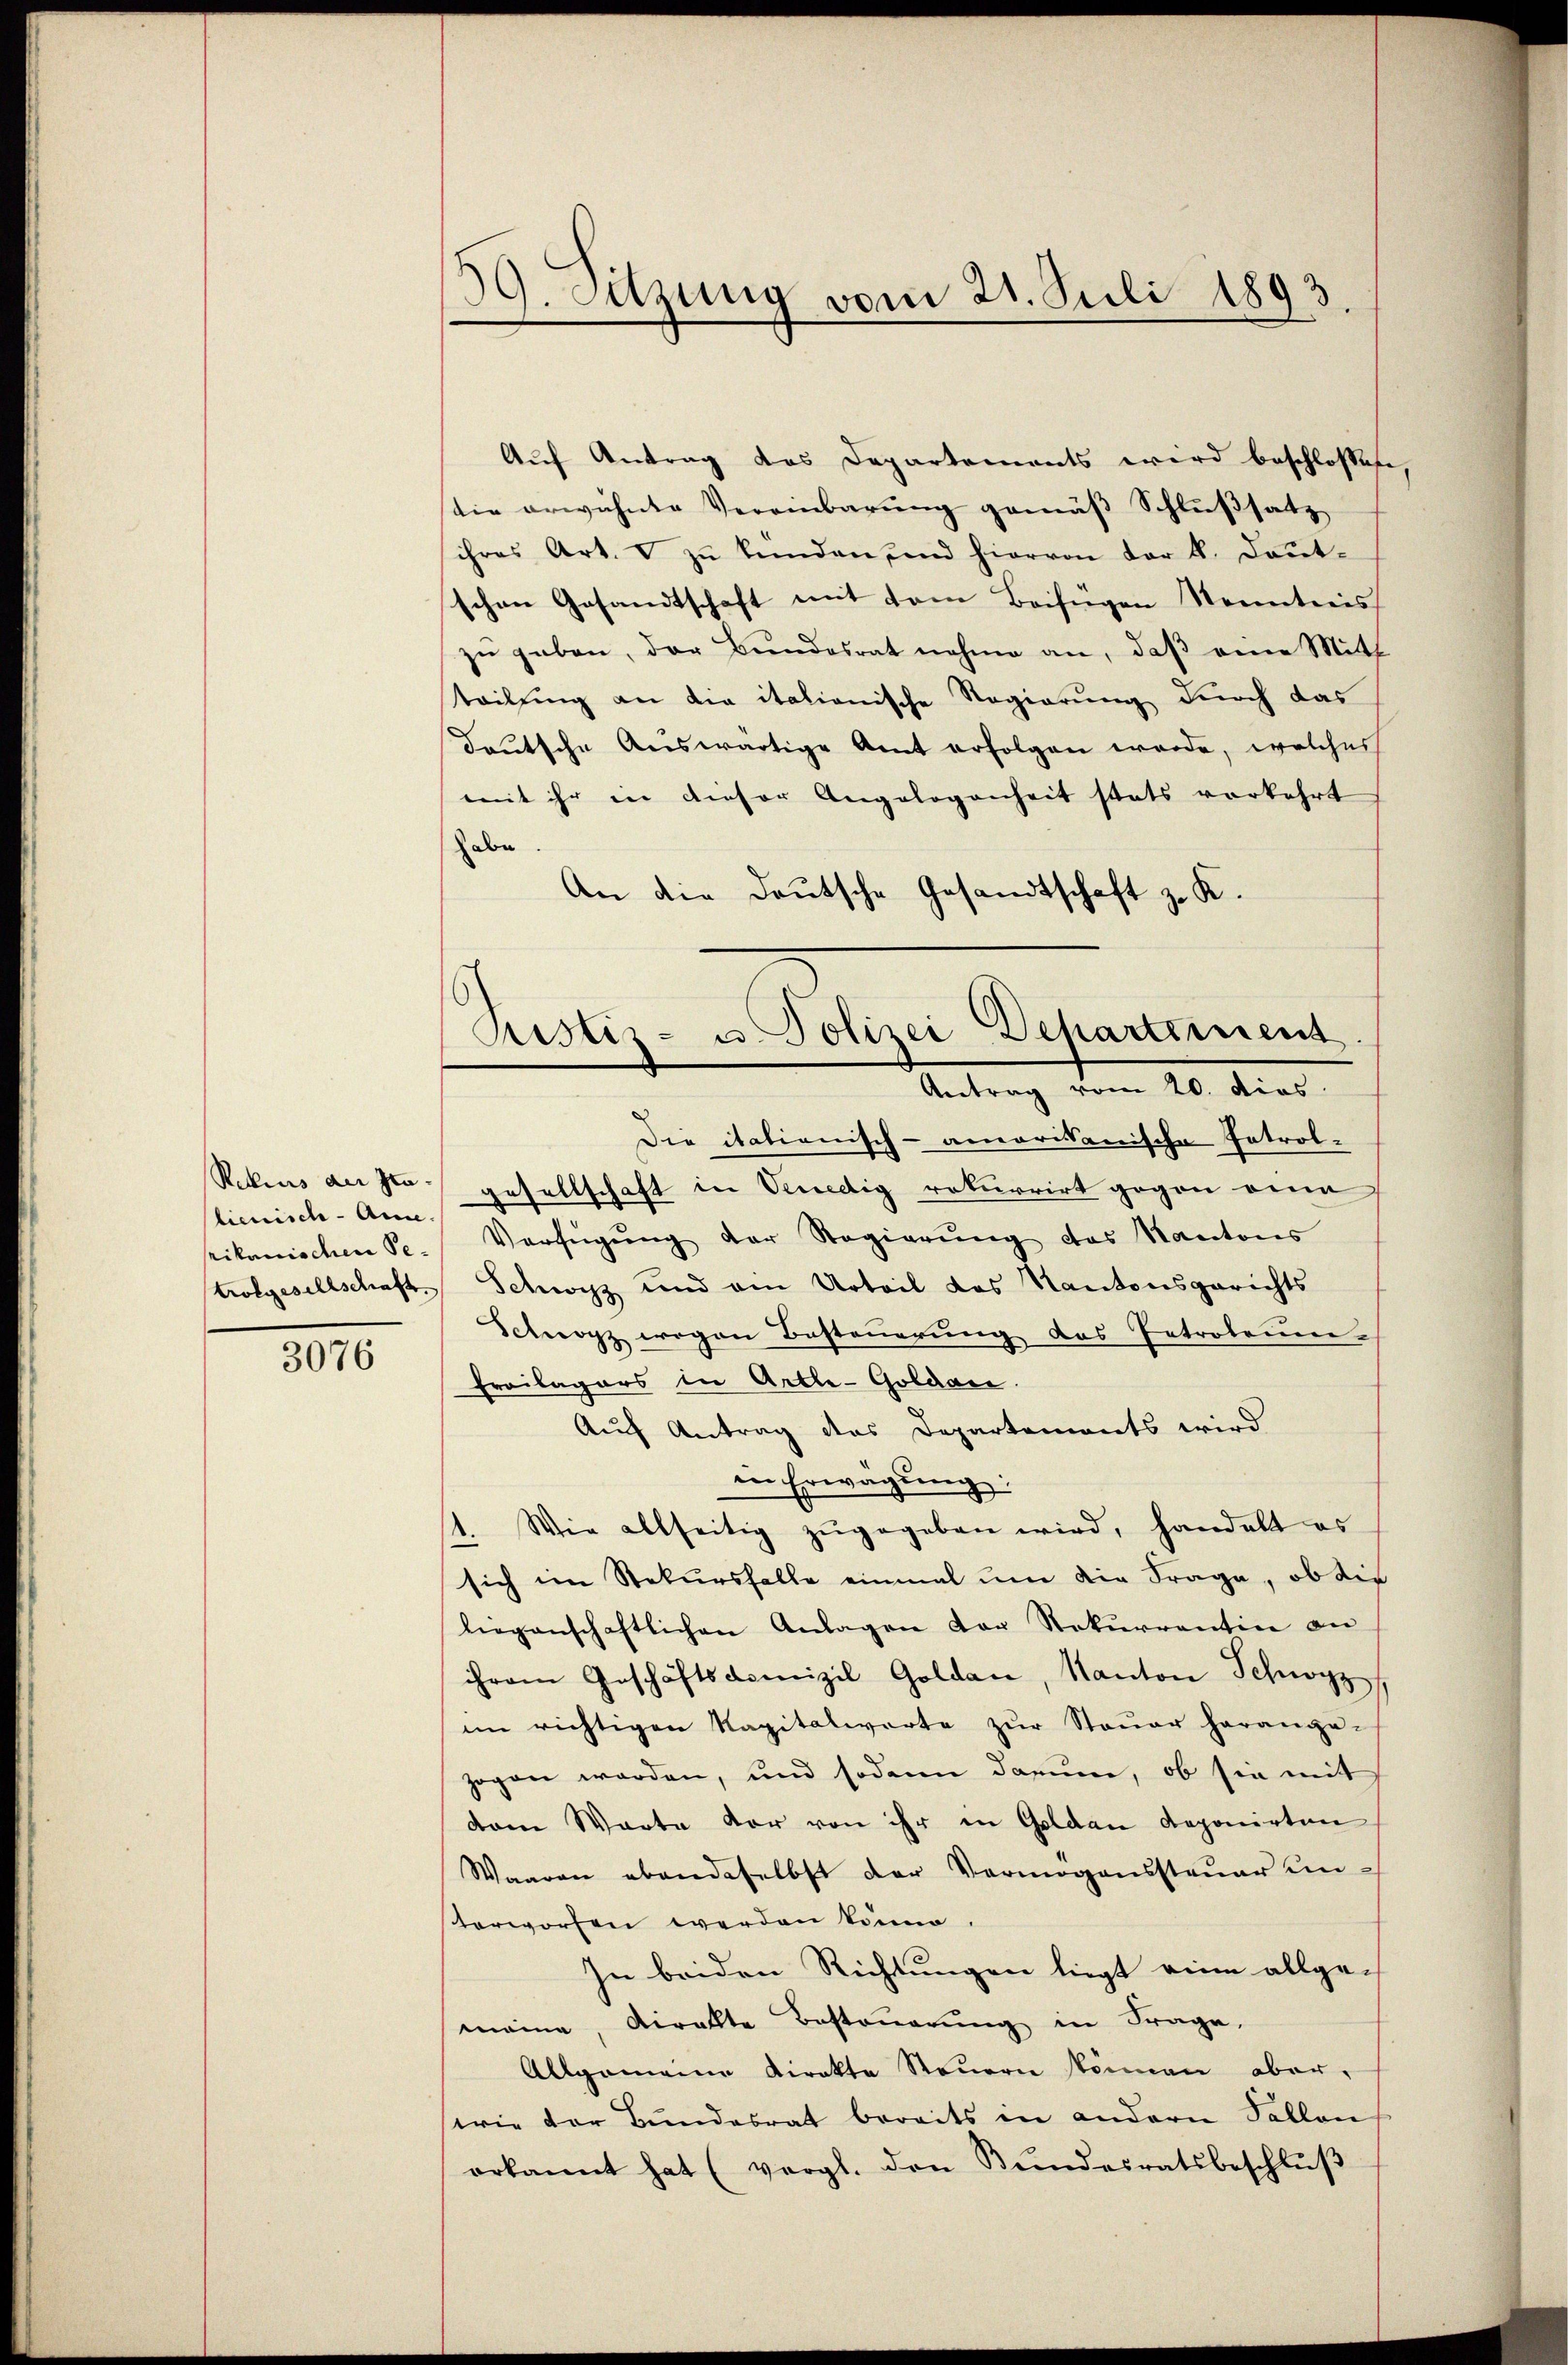
lienisch-Ame.

3076

39. Sitzung vom 21. Juli 1893

Auf Antrag das Departements wird beschlossene
tie erwähnte Vereinbarung gemäß Schlußsatz
sihres Art. 5 zŭ kunden und hiervon der k. Daŭt-
schen Gesandtschaft mit dem Beifügen Kenntnis
zu geben, der Bundesrat nahme an, daß eine Mitt
teilung an die italionische Regierung durch das
Teutsche Auswärtige Amt erfolgen werde, welches
mit ihr in dieser Angelegenheit stets vorkehrt
habe
An die deutsche Gesandtschaft z. K.
Die italienisch-amorisanische Introl¬
Reckens de so gesellschaft in Venedig rekurrirt gegen eine
prikanischen Se. Verfügŭng der Regierŭng das Kantons
trolgesellschaft. Schwyz und am Urteil das Kantonsgerichts
Schwyz wogen Besteŭerŭng das Introleum¬
Freilagers in Artle-Goldau.
Auf Antrag des Departements wird
in Erwägung:
1. Wie allseitig zŭgegeben wird, handelt es
sich im Stekursfalle einmal um die Frage, ob die
liegenschaftlichen Anlagen der Rekurrentin an
ihrem Geschäftsdomizil Goldau, Kanton Schwyz
im richtigen Kapitalwerte zŭr Steŭer herange-
zogen werden, und sodann darum, ob sie mit
dam Warte vor von ihr in Goldau deponirten
Waaren ebendeselbst der Vermögenssteŭer un¬
Vorworfen werden könne
In beiden Richtungen liegt eine allge-
maine, viralte Besteŭerŭng in Frage.
Allgemeine Direkte Steuern können aber,
swie der Bundesrat bereits in andern Fallen
erkannt hat (vergl. den Bŭndesratsbeschlŭβ

Justiz- u. Polizei Departement
Antrag vom 20. dies